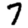
Digit: 7